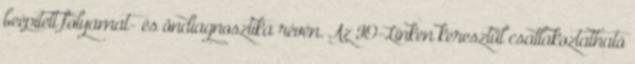
beépített folyamat- és öndiagnosztika révén. Az IO-Linken keresztül csatlakoztatható